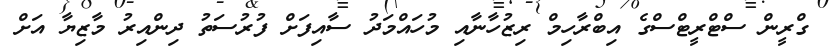
ގްރީން ސްޓްރީޓްސްގެ އިބްރާހިމް ރިޒުހާނާއި މުހައްމަދު ސާއިފަށް ފުރުސަތު ދިންއިރު މާޒިޔާ އަށް